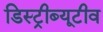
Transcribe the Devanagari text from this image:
डिस्ट्रीब्यूटीव